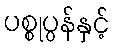
ပစ္စုပ္ပန်နှင့်